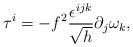
LaTeX: \begin{align*}\tau^i=-f^2\frac{\epsilon^{ijk}}{\sqrt{h}}\partial_j\omega_k,\end{align*}